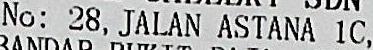
NO: 28, JALAN ASTANA 1C,